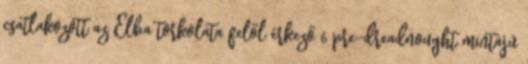
csatlakozott az Elba torkolata felől érkező 6 pre-dreadnought mintájú